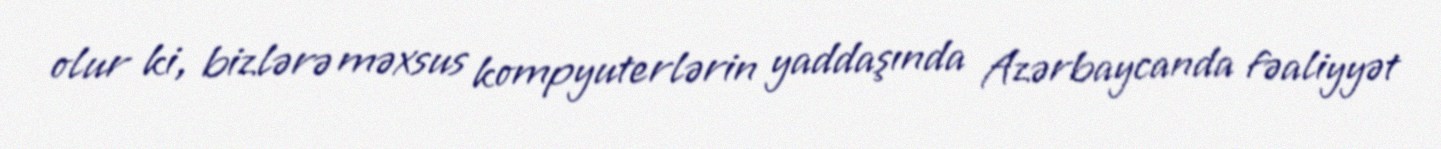
olur ki, bizlərə məxsus kompyuterlərin yaddaşında Azərbaycanda fəaliyyət